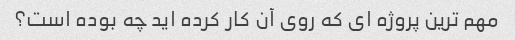
مهم ترین پروژه ای که روی آن کار کرده اید چه بوده است؟